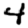
Digit: 4